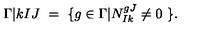
\Gamma \vert { k } { I } { J } \ = \ \{ g \in \Gamma | N _ { I k } ^ { g J } \neq 0 \ \} .